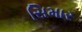
સિમાર